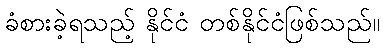
ခံစားခဲ့ရသည့် နိုင်ငံ တစ်နိုင်ငံဖြစ်သည်။